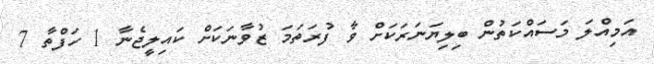
އަމިއްލަ މަސައްކަތުން ބިލިޔަނަރަކަށް ވާ ފުރަތަމަ ޒުވާނަކަށް ކައިލީޖެނާ 1 ހަފްތާ 7